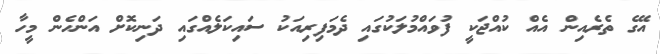
އޭގެ ތެރެއިން އެއް ކުއްޖަކީ ފުވައްމުލަކުގައި ދެމަފިރިއަކު ސައިކަލެއްގައި ދަނިކޮށް އަންހެން މީހާ